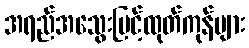
အရည်အသွေးမြင့်ထုတ်ကုန်များ